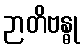
ဉာတိဗန္ဓု